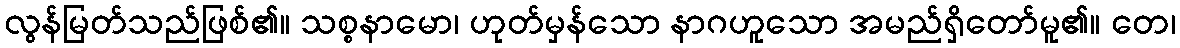
လွန်မြတ်သည်ဖြစ်၏။ သစ္စနာမော၊ ဟုတ်မှန်သော နာဂဟူသော အမည်ရှိတော်မူ၏။ တေ၊